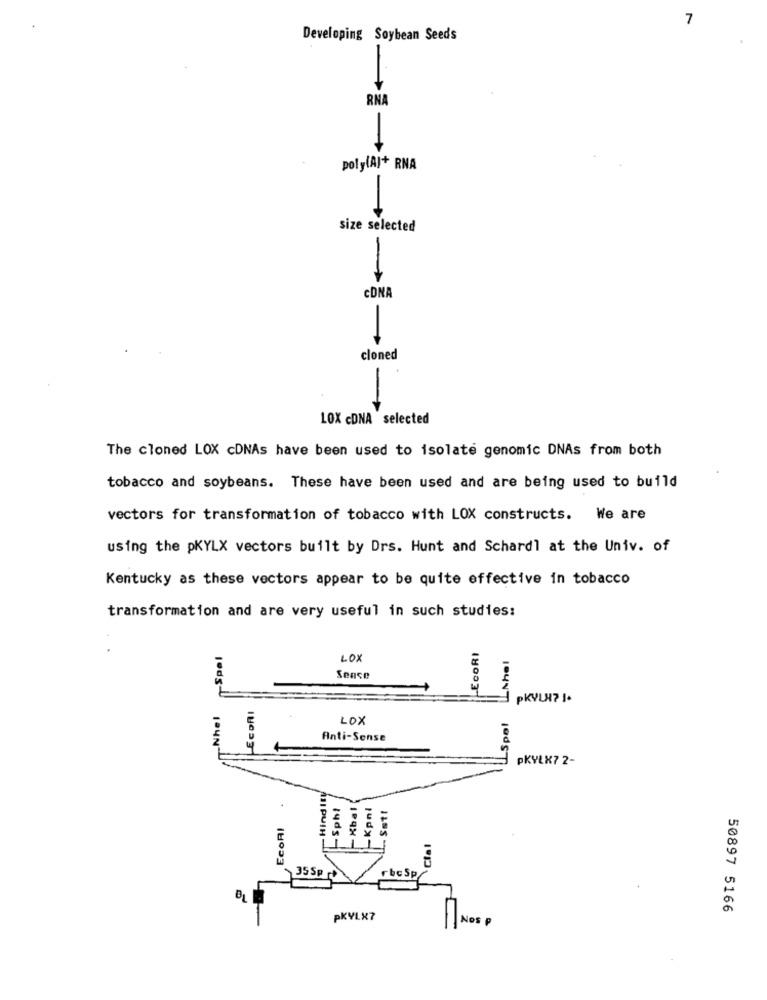
7
Developing Soybean Seeds
RNA
poly(A)+ RNA
size selected
-
CDNA
cloned
-
LOX cDNA selected
The cloned LOX cDNAs have been used to isolate genomic DNAs from both
tobacco and soybeans. These have been used and are being used to build
vectors for transformation of tobacco with LOX constructs. We are
using the pKYLX vectors built by Drs. Hunt and Schardl at the Univ. of
Kentucky as these vectors appear to be quite effective in tobacco
transformation and are very useful in such studies:
LECORI
LOX
Sense
lods-U
PKYLH71.
EcoRI
LOX
LSpol
Anti-Sense
PKYLX7 2-
.
Sphl
EcoRI
11 PUIH
35 Sp
rbcSp
50897 5166
PKYLX7
Nos P